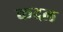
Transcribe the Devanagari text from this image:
कदल